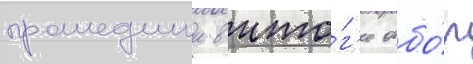
прошедшии в ито́г'е отбо́р